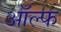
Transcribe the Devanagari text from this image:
ऑल्फ